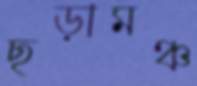
ছড়ামঞ্চ